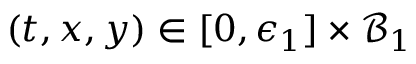
( t , x , y ) \in [ 0 , \epsilon _ { 1 } ] \times \mathcal { B } _ { 1 }